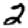
Digit: 2